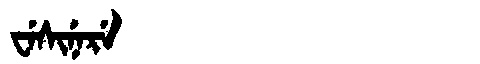
Manchu: ᠸᡝᠰᡳᠨᡝᡵᡝ
Romanization: WESINERE